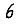
Digit: 6